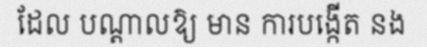
ដែល បណ្តាលឱ្យ មាន ការបង្កើត នង